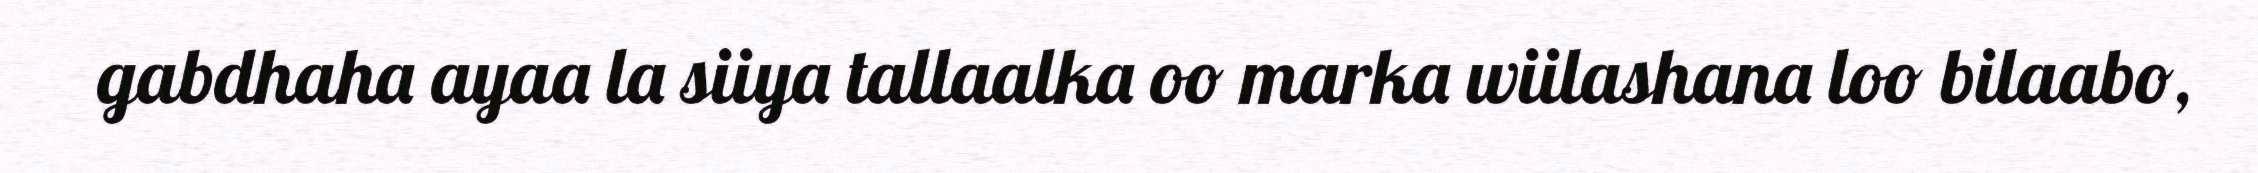
gabdhaha ayaa la siiya tallaalka oo marka wiilashana loo bilaabo,